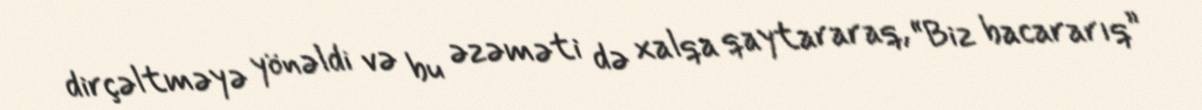
dirçəltməyə yönəldi və bu əzəməti də xalqa qaytararaq, “Biz bacararıq”